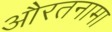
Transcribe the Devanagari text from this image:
औरतनामा